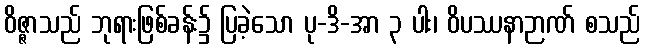
ဝိဇ္ဇာသည် ဘုရားဖြစ်ခန်း၌ ပြခဲ့သော ပု-ဒိ-အာ ၃ ပါး၊ ဝိပဿနာဉာဏ် စသည်